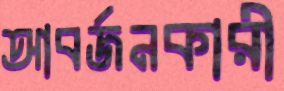
আবর্জনকারী